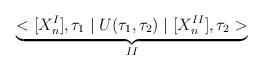
LaTeX: \begin{align*}\underbrace{<[X_{n}^{I}],\tau _{1}\mid U(\tau _{1},\tau _{2})\mid [X_{n}^{II}],\tau _{2}>}_{II}\end{align*}